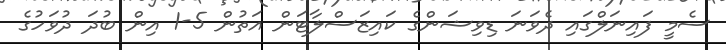
ސެމީ ފައިނަލްގައި ދެވަނަ ޑިވިޝަންގެ ކައިޒަސްލާޓަން އަތުން 5-1 އިން ބުދަ ދުވަހުގެ